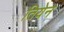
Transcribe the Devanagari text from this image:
तियेन